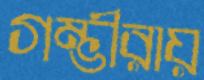
গম্ভীরায়